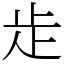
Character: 歨